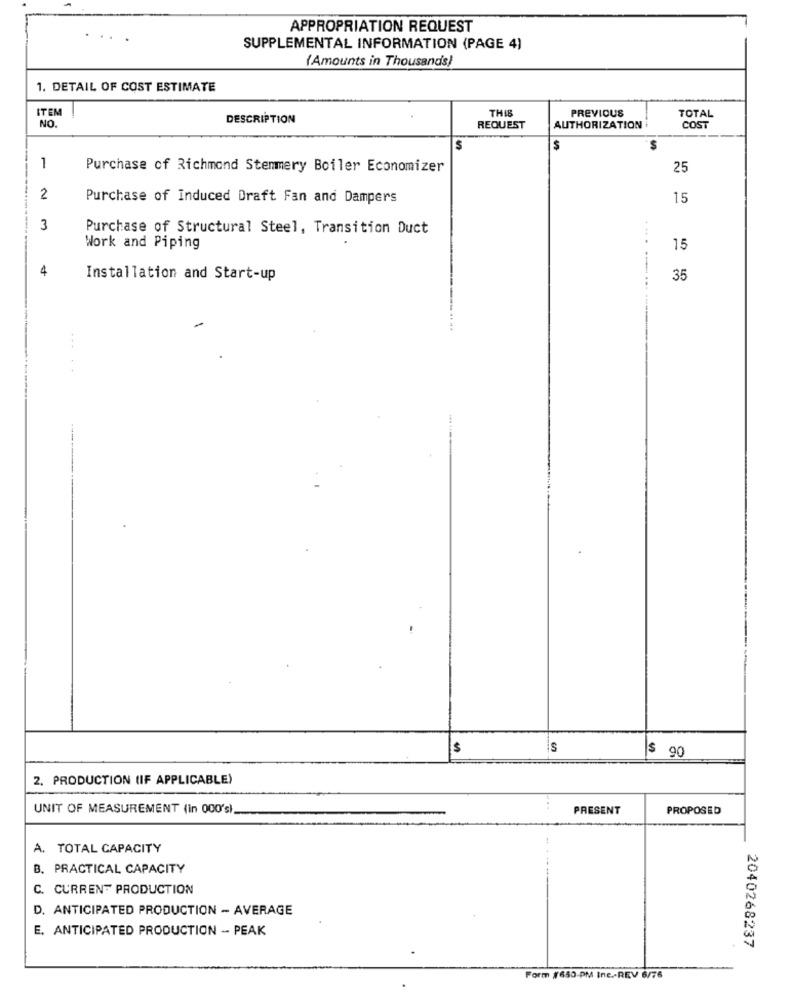
APPROPRIATION REQUEST
SUPPLEMENTAL INFORMATION (PAGE 4)
(Amounts in Thousands)
1. DETAIL OF COST ESTIMATE
ITEM
THIS
PREVIOUS
DESCRIPTION
TOTAL
NO.
REQUEST
AUTHORIZATION
COST
S
S
1
Purchase of Richmond Stemmery Boiler Economizer
25
2
Purchase of Induced Draft Fan and Dampers
15
3
Purchase of Structural Steel, Transition Duct
Work and Piping
15
4
Installation and Start-up
35
.
$
Is
$ 90
2. PRODUCTION (IF APPLICABLE)
UNIT OF MEASUREMENT (in 000's)
PRESENT
PROPOSED
A. TOTAL CAPACITY
B. PRACTICAL CAPACITY
C. CURRENT PRODUCTION
D. ANTICIPATED PRODUCTION - AVERAGE
E. ANTICIPATED PRODUCTION - PEAK
2040268237
Form #650-PM Inc .- REV 6/76